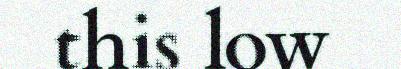
this low